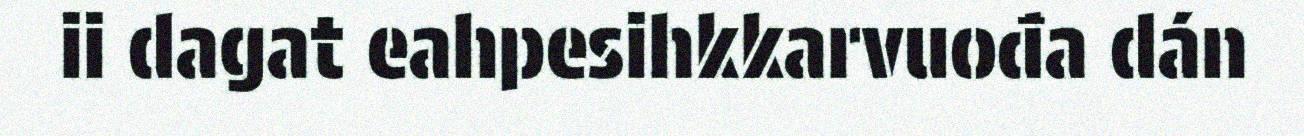
ii dagat eahpesihkkarvuođa dán